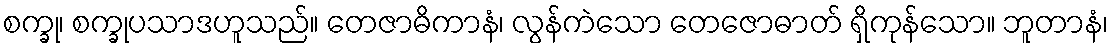
စက္ခု၊ စက္ခုပသာဒဟူသည်။ တေဇာဓိကာနံ၊ လွန်ကဲသော တေဇောဓာတ် ရှိကုန်သော။ ဘူတာနံ၊